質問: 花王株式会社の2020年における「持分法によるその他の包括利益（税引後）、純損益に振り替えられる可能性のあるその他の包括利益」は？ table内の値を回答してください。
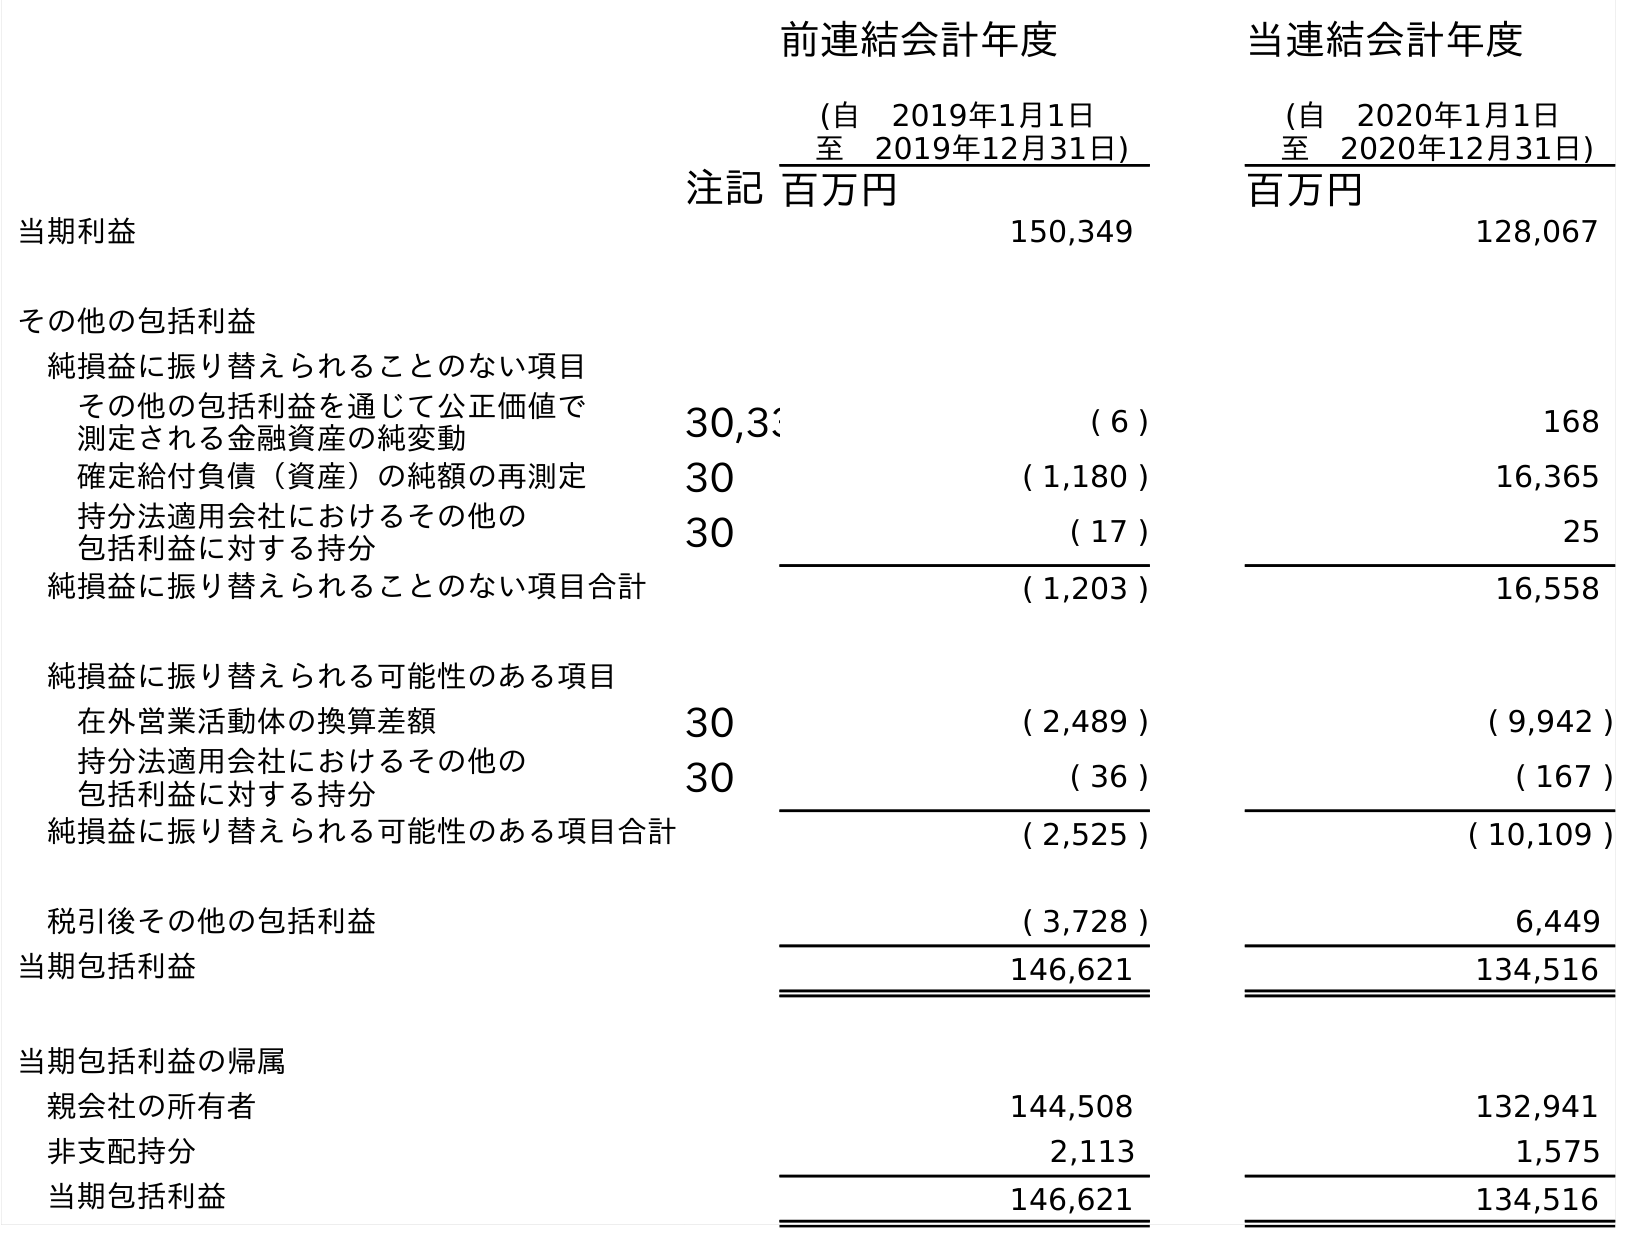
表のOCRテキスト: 前連結会計年度 (自 2019年1月1日 至 2019年12月31日) 当連結会計年度 (自 2020年1月1日 至 2020年12月31日) 注記百万円 百万円 当期利益 150,349 128,067 その他の包括利益 純損益に振り替えられることのない項目 その他の包括利益を通じて公正価値で 測定される金融資産の純変動 30,33 ( 6 ) 168 確定給付負債（資産）の純額の再測定 30 ( 1,180 ) 16,365 持分法適用会社におけるその他の 包括利益に対する持分 30 ( 17 ) 25 純損益に振り替えられることのない項目合計 ( 1,203 ) 16,558 純損益に振り替えられる可能性のある項目 在外営業活動体の換算差額 30 ( 2,489 ) ( 9,942 ) 持分法適用会社におけるその他の 包括利益に対する持分 30 ( 36 ) ( 167 ) 純損益に振り替えられる可能性のある項目合計 ( 2,525 ) ( 10,109 ) 税引後その他の包括利益 ( 3,728 ) 6,449 当期包括利益 146,621 134,516 当期包括利益の帰属 親会社の所有者 144,508 132,941 非支配持分 2,113 1,575 当期包括利益 146,621 134,516
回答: (167)